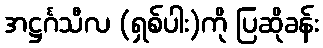
အဋ္ဌင်္ဂသီလ (ရှစ်ပါး)ကို ပြဆိုခန်း